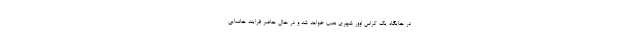
در جایگاه یک کراس اوور شهری نصب خواهد شد و در حال حاضر فرایند جانمایی